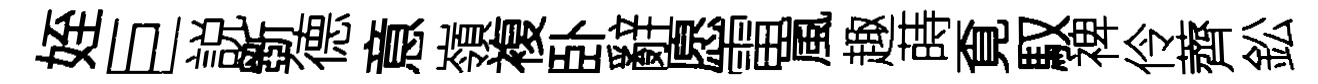
姪巨説斵德意嶺複卧辭愿雷嵐趣蒔覔馭禆伶薺鈆